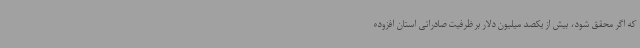
که اگر محقق شود، بیش از یکصد میلیون دلار بر ظرفیت صادراتی استان افزوده